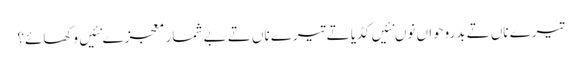
تیرے ناں تے بدروحواں نوں نئیں کڈیا تے تیرے ناں تے بے شمار معجزے نئیں وکھائے؟